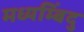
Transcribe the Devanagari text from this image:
मध्यम्बिंदु